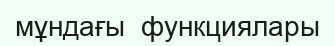
мұндағы  функциялары